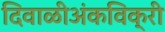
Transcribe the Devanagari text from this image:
दिवाळीअंकविक्री